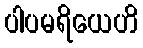
ပါပမရိယေဟိ